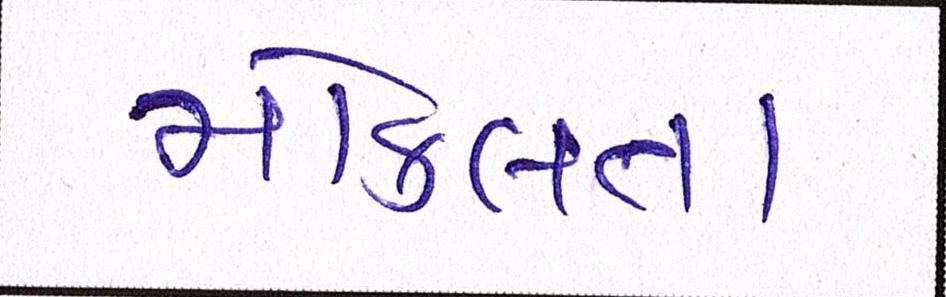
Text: મોકલતા